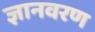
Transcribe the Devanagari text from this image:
ज्ञानवरण